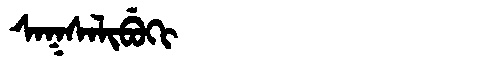
Manchu: ᠰᠠᡴᠰᠠᠯᡳᠪᡠᡴᡳ
Romanization: SAKSALIBUKI